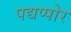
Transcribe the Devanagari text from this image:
पद्यप्पोर